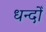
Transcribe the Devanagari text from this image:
धन्दोँ